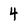
Character: 4